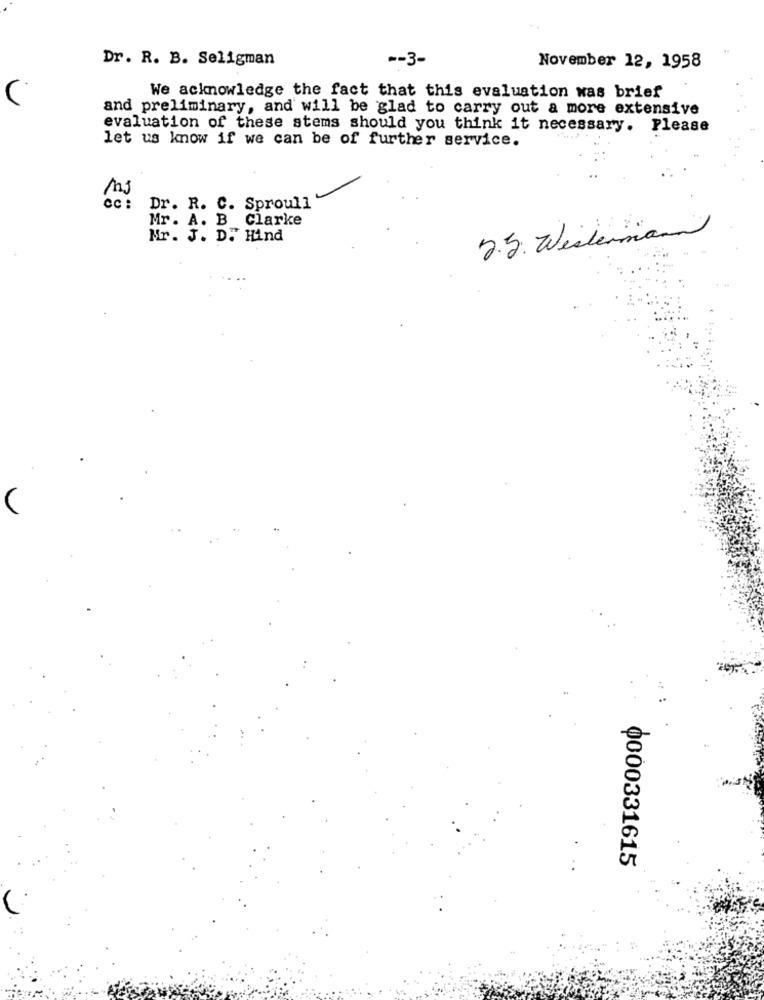
Dr. R. B. Seligman
-- 3-
November 12, 1958
(
We acknowledge the fact that this evaluation was brief
and preliminary, and will be glad to carry out a more extensive
evaluation of these stems should you think it necessary. Please
let us know if we can be of further service.
Ms
CC :
Dr. R. C. Sproull
Mr. A. B Clarke
2.5. Westernam
Mr. J. D. Hind
V
0000331615